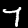
Label: 7